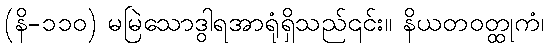
(နိ-၁၁၀) မမြဲသောဒွါရအာရုံရှိသည်၎င်း။ နိယတဝတ္ထုကံ၊